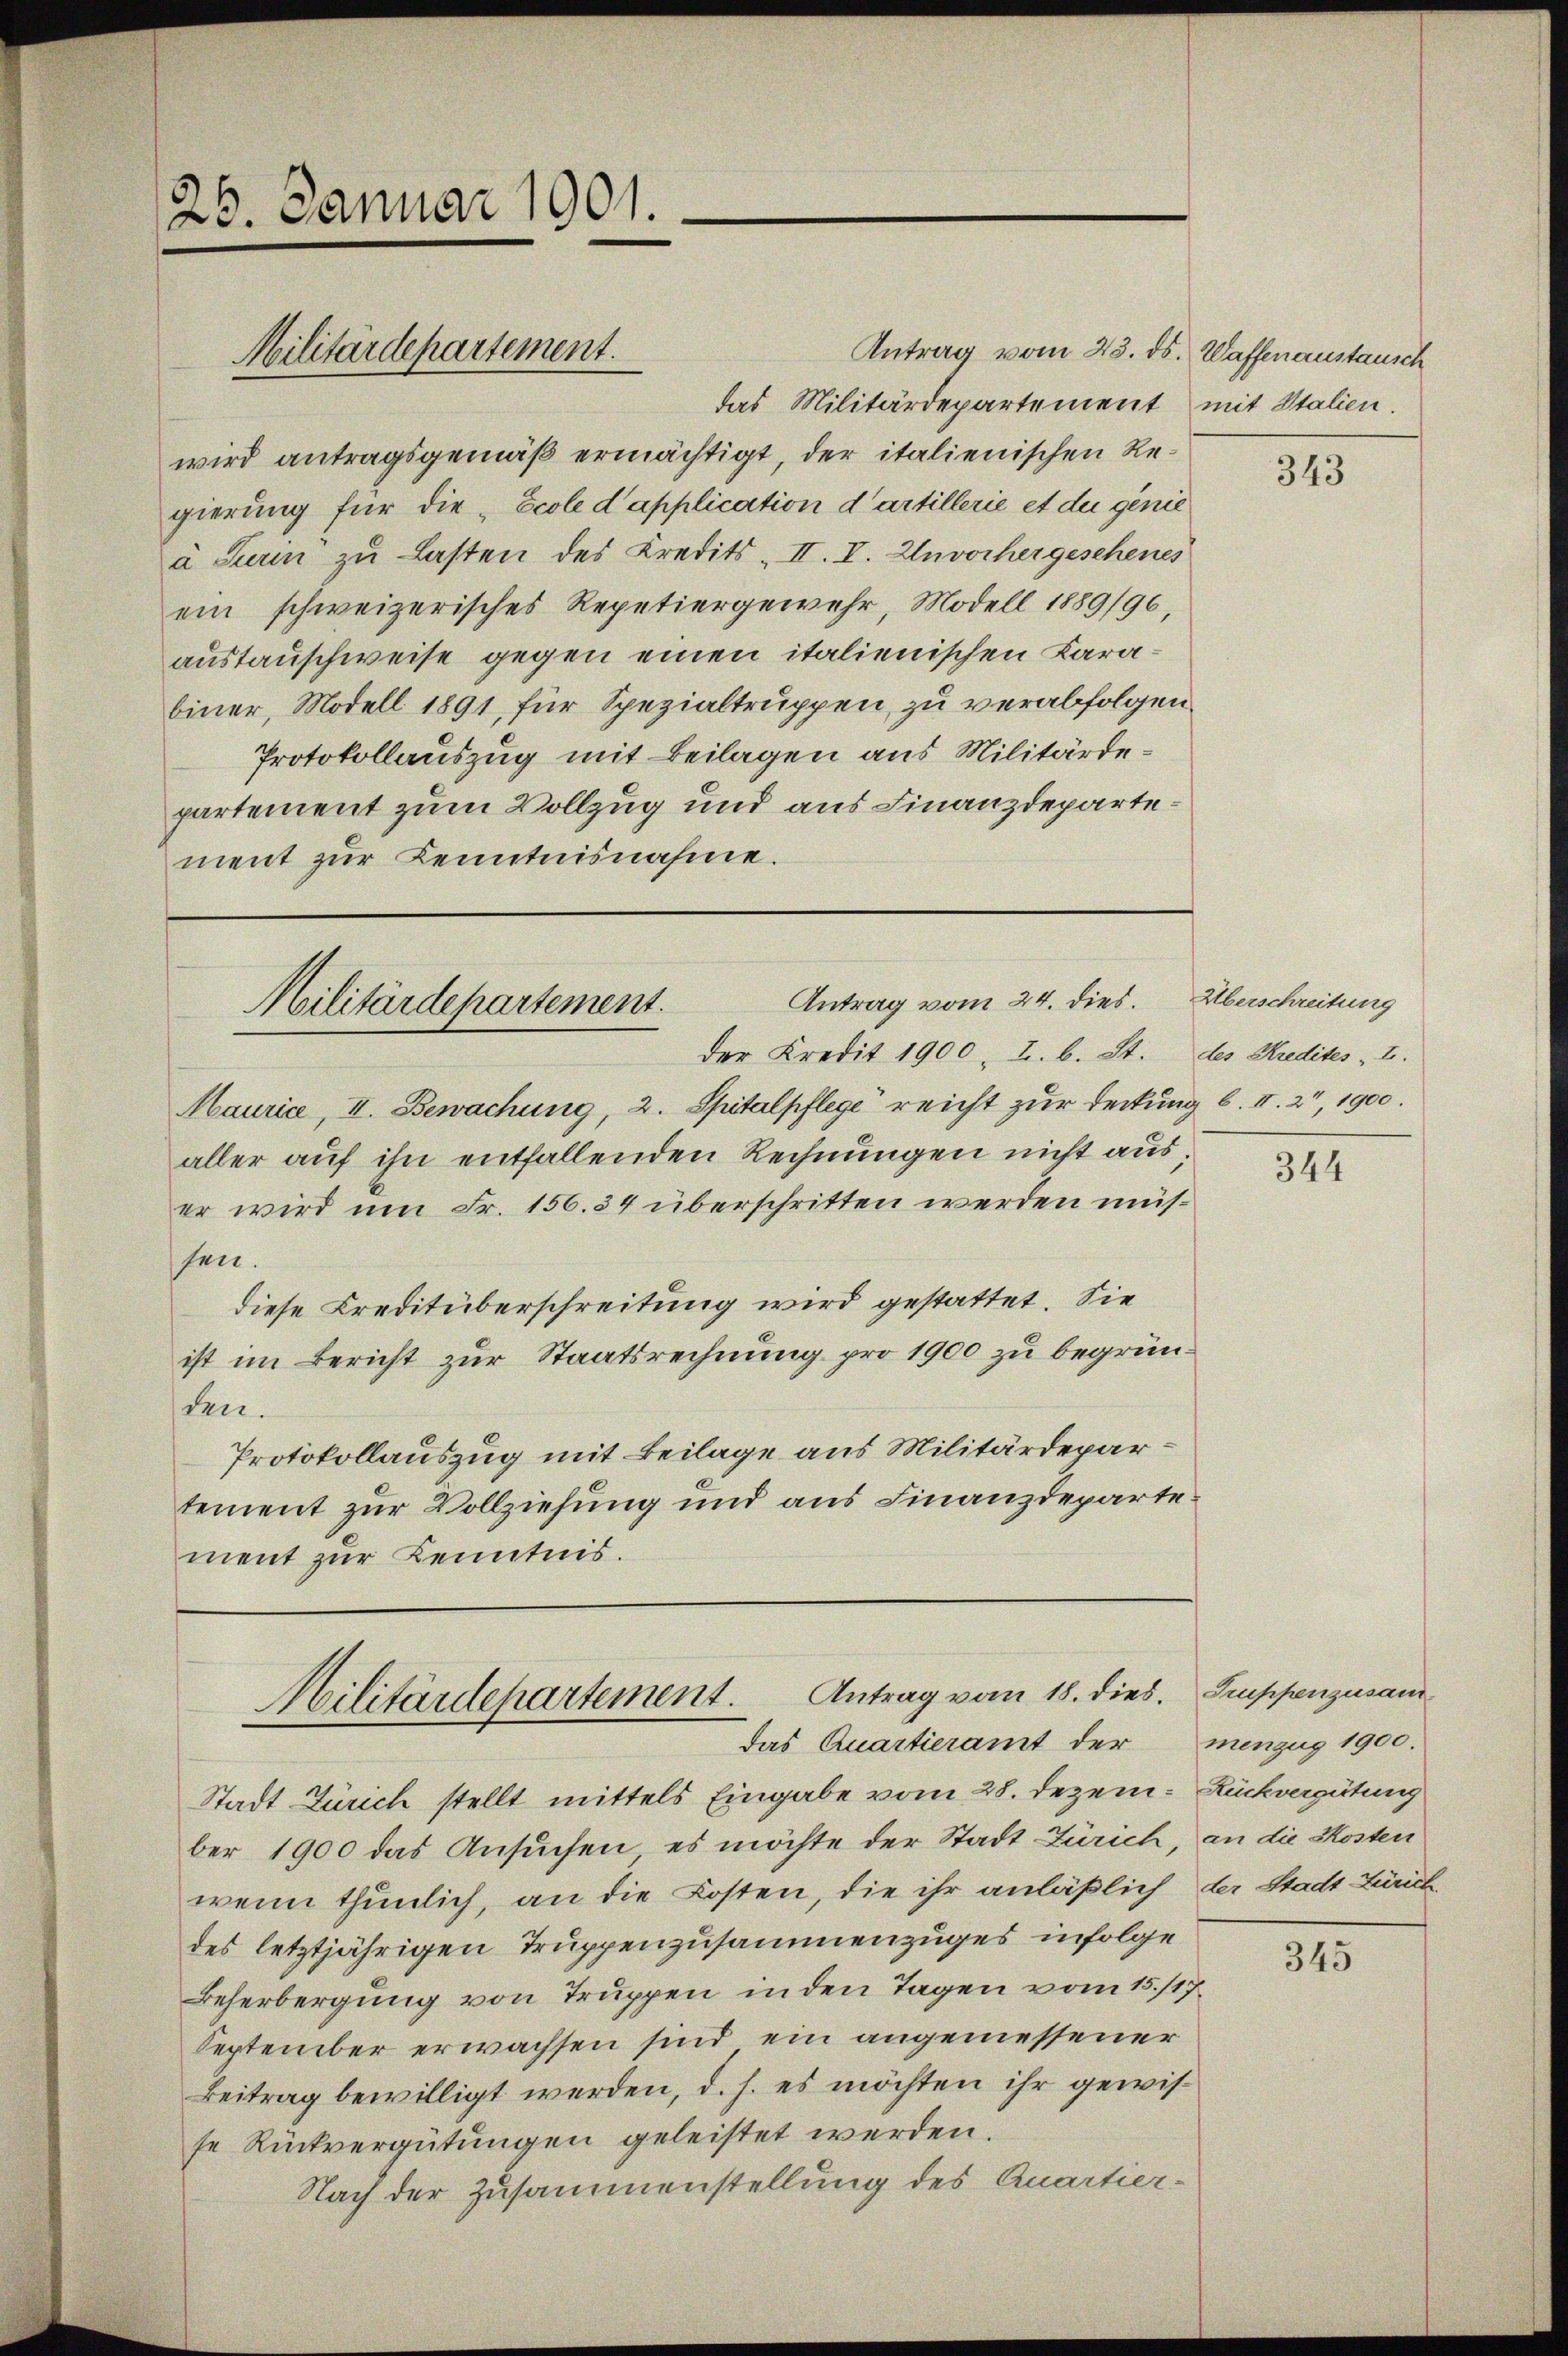
25. Januar 1901.

Militärdepartement.

Antrag vom 24. dies. Überschreitung
Militärdepartement.
der Kredit 1900, I. b. St. des Kredites I.

Antrag vom 23. ds. Waffenaustausch
das Militärdepartement mit Stalien.
wird antragsgemäß ermächtigt, der italienischen Regierung für die Ecole d’application d’artillerie et du genie
à Turin zu Lasten des Kredits II. I. Unvorhergeschenes
ein schweizerisches Repetiergewehr Modell 1889/96,
austauschweise gegen einen italienischen Karabiner, Modell 1891 für Spezialtruppen, zu verabfolgen.
Protokollauszug mit Beilagen aus Militärdepartement zum Vollzug und aus Finanzdepartement zur Kenntnisnahme.

Militärdepartement. Antrag vom 18. dies. Smppenzusam
das Quartieramt der menzug 1900.

Maurice, II. Bewachung, 2. Spitalpflege reicht zur Deckung b. II. 2, 1900.
aller aŭf ihn entfallenden Rechnŭngen nicht aus,
er wird um Fr. 156. 34 überschritten werden müssen.
diese Kreditüberschreitung wird gestattet. Sie
ist im Bericht zur Staatsrechnung pro 1900 zu begründen.
Protokollauszug mit Beilage aus Militärdepartement zur Vollziehung und aus Finanzdepartement zur Kenntnis.

Stadt Zürich stellt mittels Eingabe vom 28. Dezem-Rückvergütung
ber 1900 das Ansuchen, es möchte der Stadt Zürich, an die Kosten
wenn thunlich, an die Kosten, die ihr anläßlich der Stadt Zürich
des letztjährigen Truppenzusammenzuges infolge
Beherbergung von Truppen in den Tagen vom 15./17.
September erwachsen sind, ein angemessener
Beitrag bewilligt werden, d. h. es möchten ihr gewisse Rückvergütungen geleistet werden.
Nach der Zusammenstellung des Quartier-

343

344

21.